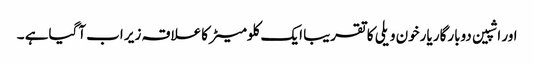
اور اشپین دوبارگار یارخون ویلی کا تقریبا ایک کلومیٹر کاعلاقہ زیر اب آگیاہے ۔